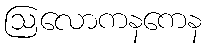
ဩလောကနကေန